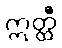
ဣတ္ထီ